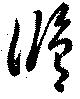
修